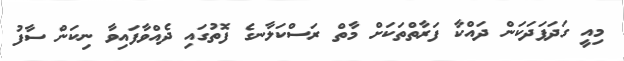
މިއީ ގަދަފަދަކަން ދައްކާ ފަރާތްތަކަށް މާތް ރަސްކަލާނގެ ފޮތުގައި ދެއްވާފައިވާ ނިކަން ސާފު